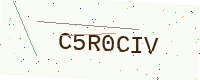
Text: C5R0CIV